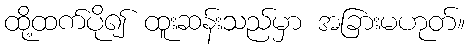
ထို့ထက်ပို၍ ထူးဆန်းသည်မှာ အခြားမဟုတ်။